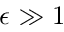
\epsilon \gg 1